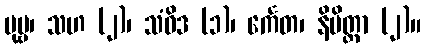
ပုဗ္ဗ၊ သဟ (၂)၊ သံဝိဒ (၁)၊ င်္ကေတ၊ နိမိတ္တာ (၂)။